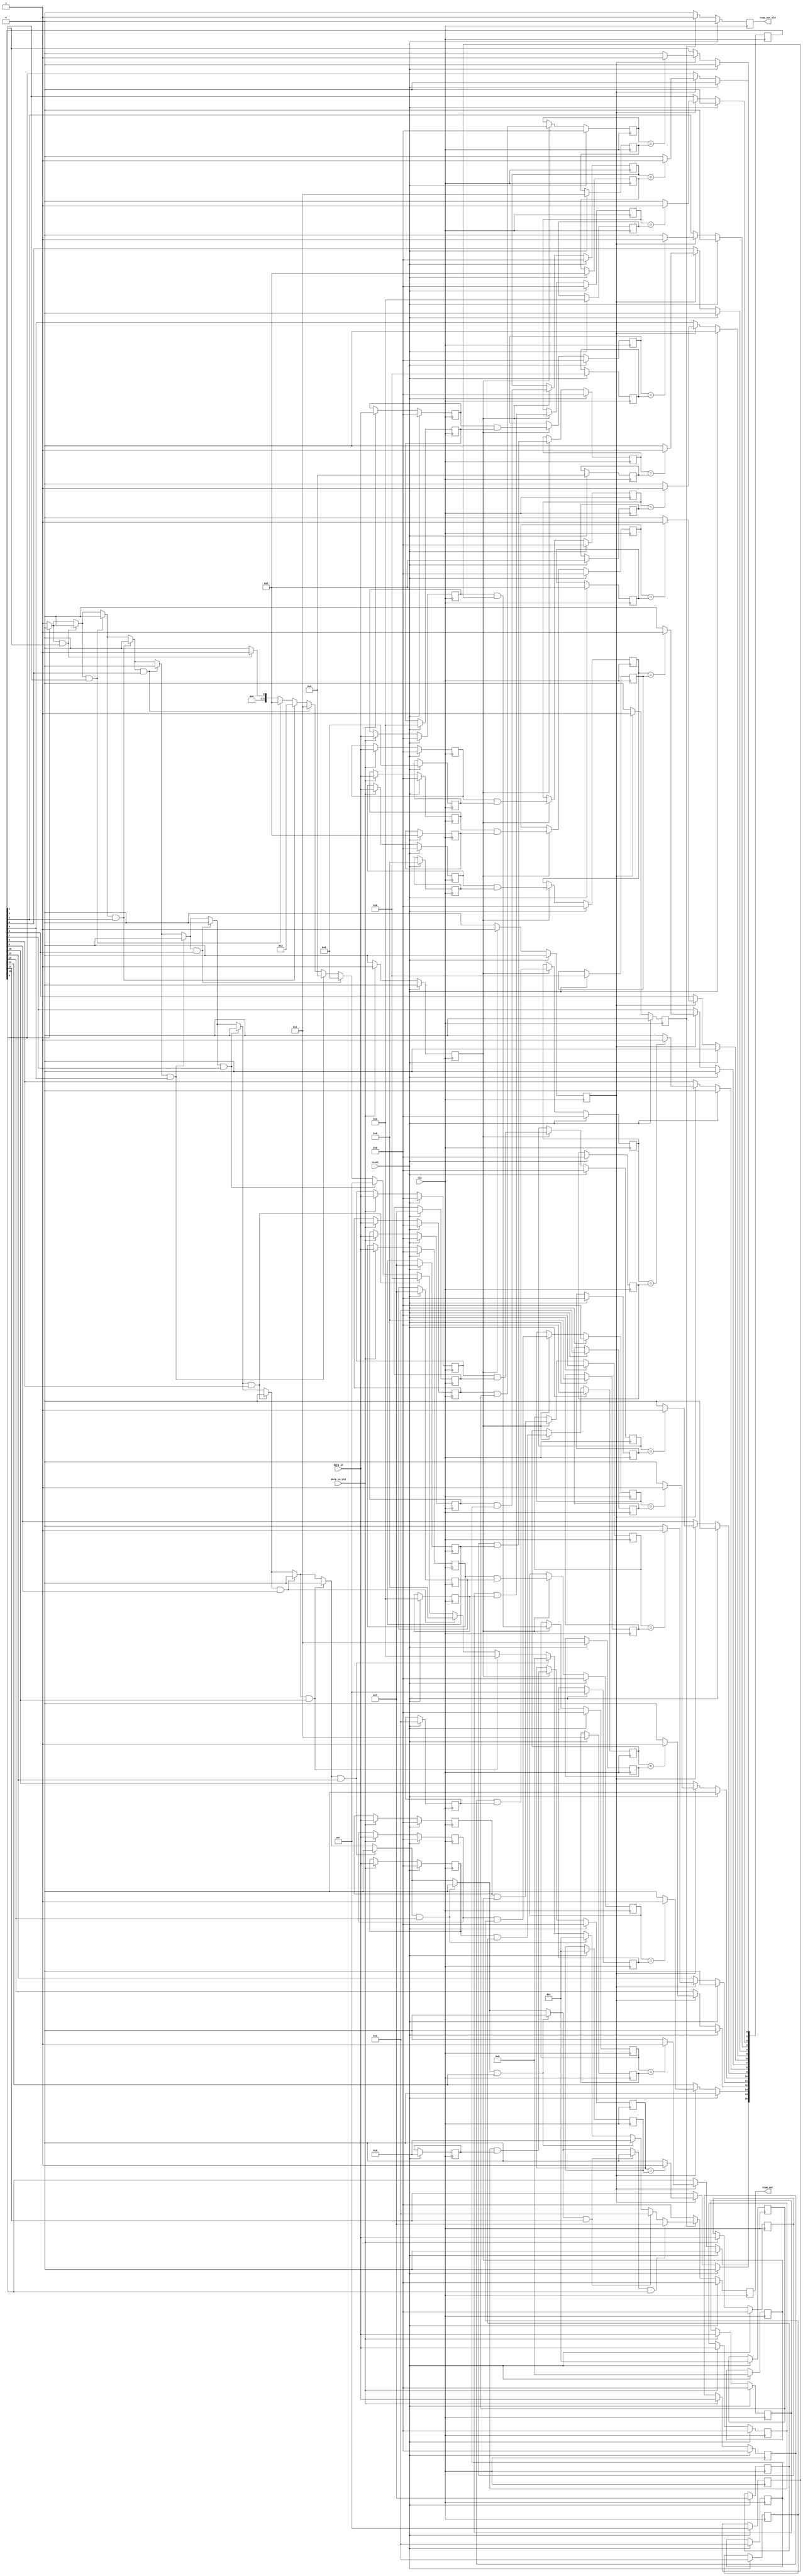

`timescale 1ns / 1ps
//////////////////////////////////////////////////////////////////////////////////
// Company: 
// Engineer: 
// 
// Design Name: 
// Module Name: cam
// Project Name: 
// Target Devices: 
// Tool Versions: 
// Description: 
// 
// Dependencies: 
// 
// Revision:
// Revision 0.01 - File Created
// Additional Comments:
// 
//////////////////////////////////////////////////////////////////////////////////


module tcam(//4bits key 4bits musk 16 entries.
    input       data_in_vld,
    input [3:0] data_in,
    
    output reg  tcam_out_vld,
    output reg [3:0] tcam_out,
    
    input reset,
    input clk
    );
    reg [3:0] cam_mm [0:15];
    reg [3:0] cam_mask [0:15];
    reg [3:0] cam_cp [0:15];
	reg [3:0] cam_cp_mask [0:15];
    reg [15:0] index;
    //reg temp;
    reg cp_vld;
    reg cm_vld;
   // reg mux_vld;
	reg mask_vld;
    wire [3:0] result;
    assign result = prio(index);
    
    function [3:0] prio;
        input [15:0] index;
        reg temp;
        integer i;
        begin
            temp = 1;
            prio = 0;
            for(i = 0; i < 16; i = i + 1)begin
                if(temp && index[i])begin
                    temp = 0;
                    prio = i;
                end
            end
        end
    endfunction
    
   always @(posedge clk)begin //cp stage
    if(reset)begin
        cam_cp[0] <= 0;cam_cp[1] <= 0;cam_cp[2] <= 0;cam_cp[3] <= 0;
        cam_cp[4] <= 0;cam_cp[5] <= 0;cam_cp[6] <= 0;cam_cp[7] <= 0;
        cam_cp[8] <= 0;cam_cp[9] <= 0;cam_cp[10] <= 0;cam_cp[11] <= 0;
        cam_cp[12] <= 0;cam_cp[13] <= 0;cam_cp[14] <= 0;cam_cp[15] <= 0;cp_vld <= 0;
    end else begin
        if(data_in_vld)begin
            cp_vld <= 1;
            cam_cp[0] <= data_in;cam_cp[1] <= data_in;cam_cp[2] <= data_in;cam_cp[3] <= data_in;
            cam_cp[4] <= data_in;cam_cp[5] <= data_in;cam_cp[6] <= data_in;cam_cp[7] <= data_in;
            cam_cp[8] <= data_in;cam_cp[9] <= data_in;cam_cp[10] <= data_in;cam_cp[11] <= data_in;
            cam_cp[12] <= data_in;cam_cp[13] <= data_in;cam_cp[14] <= data_in;cam_cp[15] <= data_in;
        end else begin
            cp_vld <= 0;
        end
    end
   end
   
   always @(posedge clk)begin //mask stage
    if(reset)begin
        cam_cp_mask[0] <= 0;cam_cp_mask[1] <= 0;cam_cp_mask[2] <= 0;cam_cp_mask[3] <= 0;
        cam_cp_mask[4] <= 0;cam_cp_mask[5] <= 0;cam_cp_mask[6] <= 0;cam_cp_mask[7] <= 0;
        cam_cp_mask[8] <= 0;cam_cp_mask[9] <= 0;cam_cp_mask[10] <= 0;cam_cp_mask[11] <= 0;
        cam_cp_mask[12] <= 0;cam_cp_mask[13] <= 0;cam_cp_mask[14] <= 0;cam_cp_mask[15] <= 0;mask_vld <= 0;
    end else begin
        if(cp_vld)begin
            mask_vld <= 1;
            cam_cp_mask[0] <= cam_cp[0] & cam_mask[0];cam_cp_mask[1] <= cam_cp[1] & cam_mask[1];cam_cp_mask[2] <= cam_cp[2] & cam_mask[2];cam_cp_mask[3] <= cam_cp[3] & cam_mask[3];
            cam_cp_mask[4] <= cam_cp[4] & cam_mask[4];cam_cp_mask[5] <= cam_cp[5] & cam_mask[5];cam_cp_mask[6] <= cam_cp[6] & cam_mask[6];cam_cp_mask[7] <= cam_cp[7] & cam_mask[7];
            cam_cp_mask[8] <= cam_cp[8] & cam_mask[8];cam_cp_mask[9] <= cam_cp[9] & cam_mask[9];cam_cp_mask[10] <= cam_cp[10] & cam_mask[10];cam_cp_mask[11] <= cam_cp[11] & cam_mask[11];
            cam_cp_mask[12] <= cam_cp[12] & cam_mask[12];cam_cp_mask[13] <= cam_cp[13] & cam_mask[13];cam_cp_mask[14] <= cam_cp[14] & cam_mask[14];cam_cp_mask[15] <= cam_cp[15] & cam_mask[15];
        end else begin
            mask_vld <= 0;
        end
    end
   end   
   
   always@(posedge clk) begin//compaer stage
    if(reset)begin
        index <= 0;
        cm_vld <= 0;
        //mux_vld <= 0;
    end else begin
        if(mask_vld)begin
            cm_vld <= 1;
            if(cam_cp_mask[0] == cam_mm[0])begin index[0] <= 1; end else begin index[0] <= 0; end 
	    if(cam_cp_mask[1] == cam_mm[1])begin index[1] <= 1; end else begin index[1] <= 0; end 
	    if(cam_cp_mask[2] == cam_mm[2])begin index[2] <= 1; end else begin index[2] <= 0; end 
		if(cam_cp_mask[3] == cam_mm[3])begin index[3] <= 1; end else begin index[3] <= 0; end 
		if(cam_cp_mask[4] == cam_mm[4])begin index[4] <= 1; end else begin index[4] <= 0; end 
		if(cam_cp_mask[5] == cam_mm[5])begin index[5] <= 1; end else begin index[5] <= 0; end 
		if(cam_cp_mask[6] == cam_mm[6])begin index[6] <= 1; end else begin index[6] <= 0; end 
		if(cam_cp_mask[7] == cam_mm[7])begin index[7] <= 1; end else begin index[7] <= 0; end 
		if(cam_cp_mask[8] == cam_mm[8])begin index[8] <= 1; end else begin index[8] <= 0; end 
		if(cam_cp_mask[9] == cam_mm[9])begin index[9] <= 1; end else begin index[9] <= 0; end 
		if(cam_cp_mask[10] == cam_mm[10])begin index[10] <= 1; end else begin index[10] <= 0; end
		if(cam_cp_mask[11] == cam_mm[11])begin index[11] <= 1; end else begin index[11] <= 0; end  
		if(cam_cp_mask[12] == cam_mm[12])begin index[12] <= 1; end else begin index[12] <= 0; end 
		if(cam_cp_mask[13] == cam_mm[13])begin index[13] <= 1; end else begin index[13] <= 0; end 
		if(cam_cp_mask[14] == cam_mm[14])begin index[14] <= 1; end else begin index[14] <= 0; end 
		if(cam_cp_mask[15] == cam_mm[15])begin index[15] <= 1; end else begin index[15] <= 0; end
        end else begin
            cm_vld <= 0;
        end
    end
   end

   
   always@(posedge clk)begin
    if(reset)begin
        tcam_out_vld <= 0;
        tcam_out <= 0;
    end else begin
        if(cm_vld)begin
            tcam_out_vld <= 1;
            tcam_out <= result;
        end else begin
            tcam_out_vld <= 0;
            tcam_out <= 0;
        end
    end
   end
    
    always @(posedge clk)begin
        if(reset)begin
            cam_mm[0] <= 2&4'b1110;cam_mm[1] <= 6&4'b1100;cam_mm[2] <= 10&4'b1010;cam_mm[3] <= 13&4'b1010;
            cam_mm[4] <= 5&4'b1111;cam_mm[5] <= 3&4'b0110;cam_mm[6] <= 11&4'b0010;cam_mm[7] <= 8&4'b1001;
            cam_mm[8] <= 1&4'b1110;cam_mm[9] <= 0&4'b1111;cam_mm[10] <= 15&4'b1110;cam_mm[11] <= 9&4'b1011;
            cam_mm[12] <= 4&4'b1111;cam_mm[13] <= 7&4'b1111;cam_mm[14] <= 14&4'b1101;cam_mm[15] <= 12&4'b0111;
			
			cam_mask[0] <= 4'b1110;cam_mask[1] <= 4'b1100;cam_mask[2] <= 4'b1010;cam_mask[3] <= 4'b1010;
            cam_mask[4] <= 4'b1111;cam_mask[5] <= 4'b0110;cam_mask[6] <= 4'b0010;cam_mask[7] <= 4'b1001;
            cam_mask[8] <= 4'b1110;cam_mask[9] <= 4'b1111;cam_mask[10] <= 4'b1110;cam_mask[11] <= 4'b1011;
            cam_mask[12] <= 4'b1111;cam_mask[13] <= 4'b1111;cam_mask[14] <= 4'b1101;cam_mask[15] <= 4'b0111;
			

        end else begin

        end
    end   
    
    
endmodule